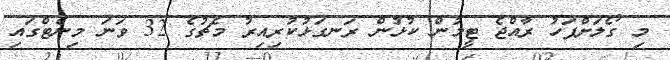
މި ގޯލަށްފަހު ރާއްޖެ ޓީމުން ކުޅުން ރަނގަޅުކުރިއިރު މެޗުގެ 32 ވަނަ މިނެޓްގައި